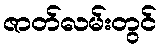
ဇာတ်လမ်းတွင်